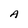
Character: A